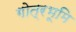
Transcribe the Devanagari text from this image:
गोत्रभूमि